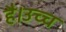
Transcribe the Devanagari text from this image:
है।उच्च